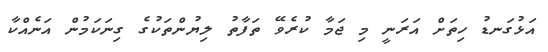
އަޅުގަނޑު ހިތަށް އަރަނީ މި ޖަމާ ކުރެވޭ ތަފާތު ލިޔުންތަކުގެ ގިނަކަމުން އަނެއްކާ